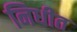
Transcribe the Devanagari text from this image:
निधीत